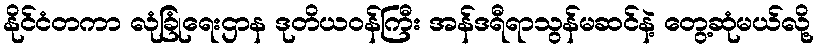
နိုင်ငံတကာ လုံခြုံရေးဌာန ဒုတိယဝန်ကြီး အန်ဒရီရာသွန်မဆင်နဲ့ တွေ့ဆုံမယ်လို့